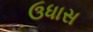
ઉધાસ